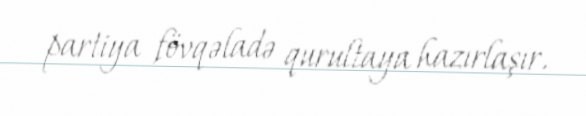
partiya fövqəladə qurultaya hazırlaşır.